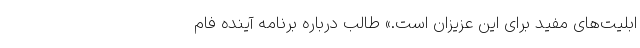
ابلیت‌های مفید برای این عزیزان است.» طالب درباره برنامه آینده فام